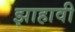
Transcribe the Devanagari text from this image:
झाहावी